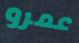
عمرو